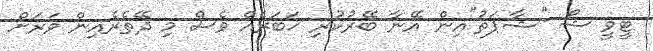
ޓީވީ ޝޯ "ޝާޕަތު"އިން އޭނާ ބޭރުކުރި ޚަބަރެއް ވެސް މި ދޭތެރެއިން ވަރަށް